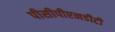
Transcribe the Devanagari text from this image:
पीसीपीएनडीटी